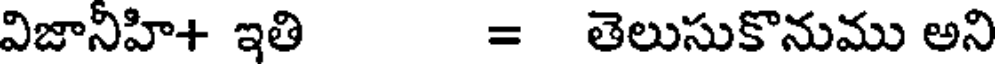
విజానిహి+ ఇతి = తెలుసుకొనుము అని